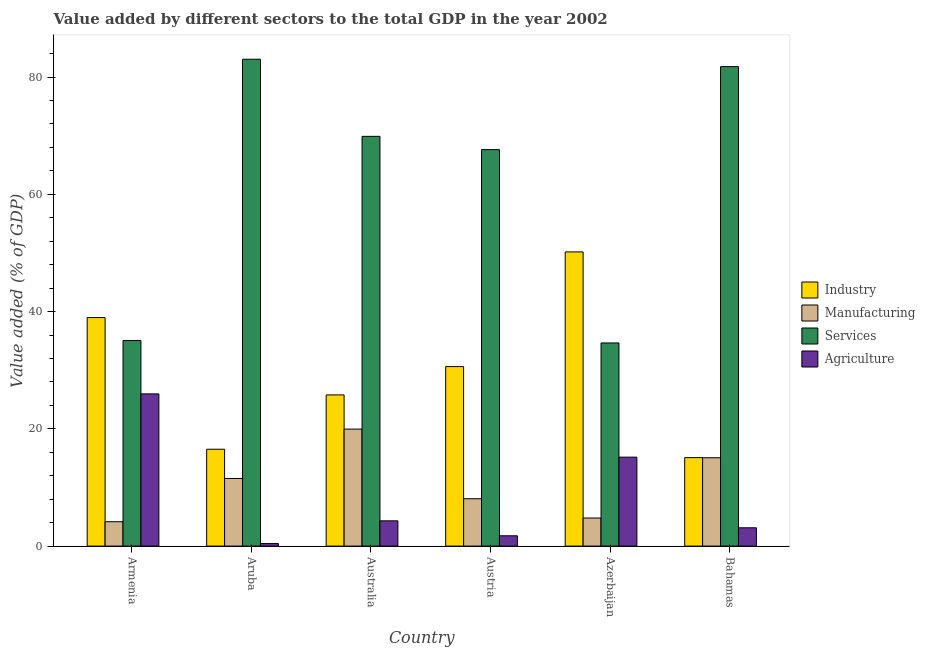
| Country | Industry | Manufacturing | Services | Agriculture |
 | --- | --- | --- | --- | --- |
 | Armenia | 39 | 4.16 | 35.1 | 26 |
 | Aruba | 16.5 | 11.5 | 83 | 0.435 |
 | Australia | 25.8 | 20 | 69.9 | 4.31 |
 | Austria | 30.6 | 8.08 | 67.6 | 1.76 |
 | Azerbaijan | 50.2 | 4.79 | 34.6 | 15.2 |
 | Bahamas | 15.1 | 15.1 | 81.8 | 3.12 |